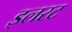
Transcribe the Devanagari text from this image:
इलरट